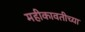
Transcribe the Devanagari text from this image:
महीकावतीच्या